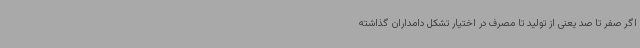
اگر صفر تا صد یعنی از تولید تا مصرف در اختیار تشکل دامداران گذاشته